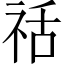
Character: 䄆